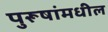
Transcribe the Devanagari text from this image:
पुरूषांमधील